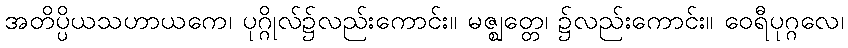
အတိပ္ပိယသဟာယကေ၊ ပုဂ္ဂိုလ်၌လည်းကောင်း။ မဇ္ဈတ္တေ၊ ၌လည်းကောင်း။ ဝေရီပုဂ္ဂလေ၊